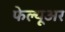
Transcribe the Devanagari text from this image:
फेल्यूअर